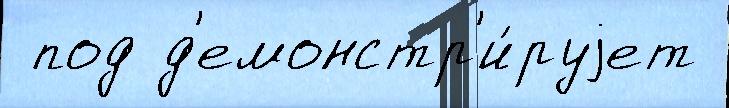
 под д'емонстр'и́руjет